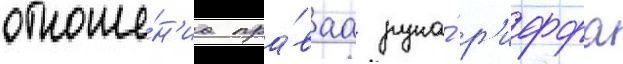
отноше́н'иа пра́ваа рука́ р'иффа